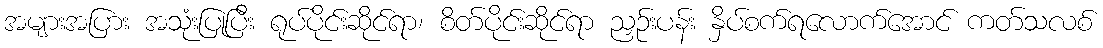
အများအပြား အသုံးပြုပြီး ရုပ်ပိုင်းဆိုင်ရာ၊ စိတ်ပိုင်းဆိုင်ရာ ညှဉ်းပန်း နှိပ်စက်ရလောက်အောင် ကတ်သလစ်